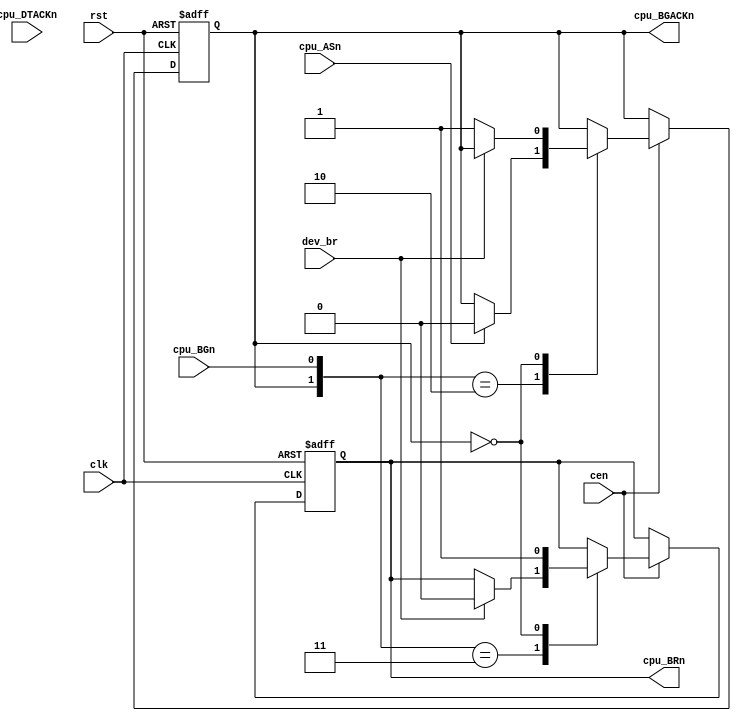
/*  This file is part of JTFRAME.
    JTFRAME program is free software: you can redistribute it and/or modify
    it under the terms of the GNU General Public License as published by
    the Free Software Foundation, either version 3 of the License, or
    (at your option) any later version.

    JTFRAME program is distributed in the hope that it will be useful,
    but WITHOUT ANY WARRANTY; without even the implied warranty of
    MERCHANTABILITY or FITNESS FOR A PARTICULAR PURPOSE.  See the
    GNU General Public License for more details.

    You should have received a copy of the GNU General Public License
    along with JTFRAME.  If not, see <http://www.gnu.org/licenses/>.

    Author: Jose Tejada Gomez. Twitter: @topapate
    Version: 1.0
    Date: 12-9-2019 */

module jtframe_68kdma #(parameter BW=1)(
    input          clk,
    input          rst,
    input          cen,
    output     reg cpu_BRn,
    output     reg cpu_BGACKn,
    input          cpu_BGn,
    input          cpu_ASn,
    input          cpu_DTACKn,
    input [BW-1:0] dev_br      // high to signal a bus request from a device
);

always @(posedge clk, posedge rst)
    if( rst ) begin
        cpu_BRn    <= 1'b1;
        cpu_BGACKn <= 1'b1;
    end else if(cen) begin
        casez( {cpu_BGACKn, cpu_BGn} )
            2'b11: // waiting for bus request
                if( |dev_br ) begin
                    cpu_BRn <= 1'b0;                    
                end
            2'b10: begin // bus granted
                if( cpu_ASn /*&& cpu_DTACKn*/ ) cpu_BGACKn <= 1'b0;
            end
            2'b0?: begin // bus held by the device
                cpu_BRn  <= 1'b1;
                if( !(|dev_br) ) begin
                    cpu_BGACKn <= 1'b1; // frees the bus
                end
            end
        endcase
    end

endmodule